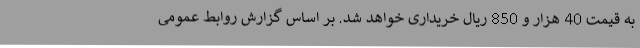
به قیمت 40 هزار و 850 ریال خریداری خواهد شد. بر اساس گزارش روابط عمومی